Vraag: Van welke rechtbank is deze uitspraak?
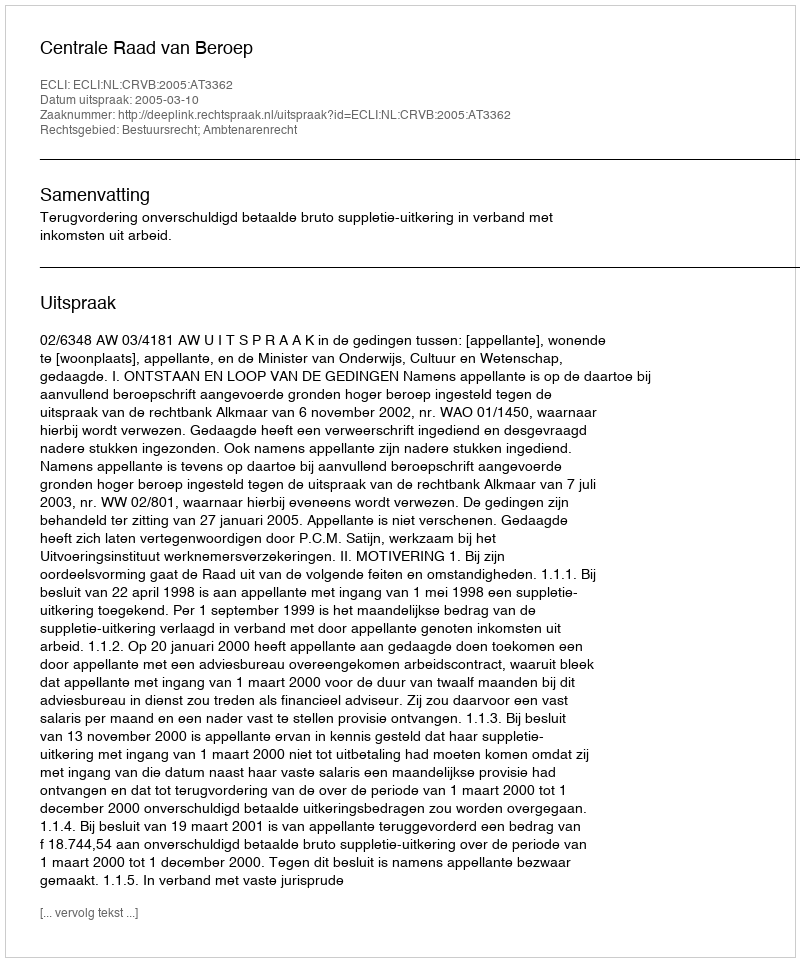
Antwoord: Centrale Raad van Beroep